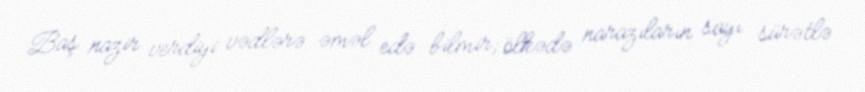
Baş nazir verdiyi vədlərə əməl edə bilmir; ölkədə narazıların sayı sürətlə